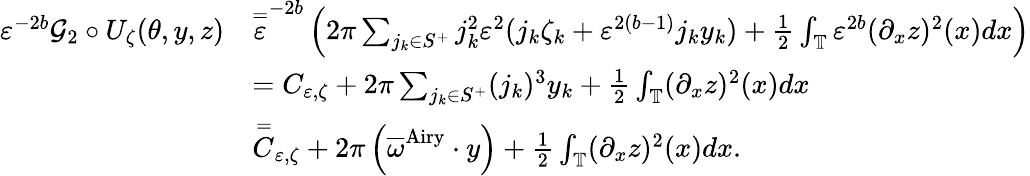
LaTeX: \begin{array}{rl}{\varepsilon^{-2b}\mathcal{G}_{2}\circ U_{\zeta}(\theta,y,z)}&{\overset=\varepsilon^{-2b}\left(2\pi\sum_{j_{k}\in S^{+}}j_{k}^{2}\varepsilon^{2}(j_{k}\zeta_{k}+\varepsilon^{2(b-1)}j_{k}y_{k})+\frac{1}{2}\int_{\mathbb{T}}\varepsilon^{2b}(\partial_{x}z)^{2}(x)dx\right)}\\ &{=C_{\varepsilon,\zeta}+2\pi\sum_{j_{k}\in S^{+}}(j_{k})^{3}y_{k}+\frac{1}{2}\int_{\mathbb{T}}(\partial_{x}z)^{2}(x)dx}\\ &{\overset=C_{\varepsilon,\zeta}+2\pi\left(\overline{\omega}^{\mathrm{Airy}}\cdot y\right)+\frac{1}{2}\int_{\mathbb{T}}(\partial_{x}z)^{2}(x)dx.}\end{array}